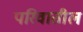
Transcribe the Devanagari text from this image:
परिवातील